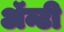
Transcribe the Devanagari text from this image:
ॲन्टी